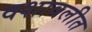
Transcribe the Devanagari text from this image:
वशावलीत